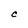
Character: C